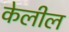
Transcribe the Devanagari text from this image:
केलील